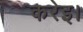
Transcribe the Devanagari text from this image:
करेइ।